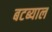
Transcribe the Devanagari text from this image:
बटब्याल